Report on the cholera epidemic of
Year: 1868
Disease focus: Cholera
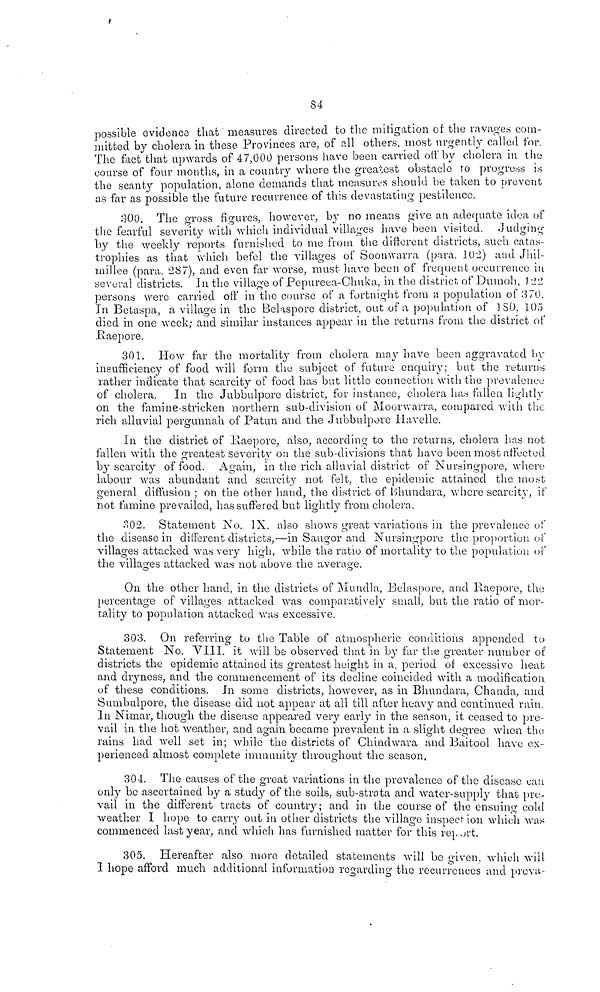
84
possible evidence that measures directed to the mitigation of the ravages com-
mitted by cholera in these Provinces are, of all others, most urgently called for.
The fact that upwards of 47,000 persons have been carried off by cholera in the
course of four months, in a country where the greatest obstacle to progress is
the scanty population, alone demands that measures should be taken to prevent
as far as possible the future recurrence of this devastating pestilence.
300. The gross figures, however, by no means give an adequate idea of
the fearful severity with which individual villages have been visited. Judging
by the weekly reports furnished to me from the different districts, such catas-
trophies as that which befel the villages of Soonwarra (para. 102) and Jhil-
millee (para. 287), and even far worse, must have been of frequent occurrence in
several districts. In the village of Pepureea-Chuka, in the district of Dumoh, 122
persons were carried off in the course of a fortnight from a population of 370.
In Betaspa, a village in the Bekspore district, out of a population of 180, 105
died in one week; and similar instances appear in the returns from the district of
Raepore.
301. How far the mortality from cholera may have been aggravated by
insufficiency of food will form the subject of future enquiry; but the returns
rather indicate that scarcity of food has but little connection with the prevalence
of cholera. In the Jubbulpore district, for instance, cholera has fallen lightly
on the famine-stricken northern sub-division of Moorwarra, compared with the
rich alluvial pergunnah of Patun and the Jubbulpore Havelle.
In the district of Raepore, also, according to the returns, cholera has not
fallen with the greatest severity on the sub-divisions that have been most affected
by scarcity of food. Again, in the rich alluvial district of Nursing-pore, where
labour was abundant and scarcity not felt, the epidemic attained the most
general diffusion ; on the other hand, the district of Bhundara, where scarcity, if
not famine prevailed, has suffered but lightly from cholera.
302. Statement No. IX. also shows great variations in the prevalence of
the disease in different districts,—in Saugor and Nursingpore the proportion of
villages attacked was very high, while the ratio of mortality to the population of
the villages attacked was not above the average.
On the other hand, in the districts of Mundla, Belaspore, and Raepore, the
percentage of villages attacked was comparatively small, but the ratio of mor-
tality to population attacked was excessive.
303. On referring to the Table of atmospheric conditions appended to
Statement No. VIII. it will be observed that in by far the greater number of
districts the epidemic attained its greatest height in a. period of excessive heat
and dryness, and the commencement of its decline coincided with a modification
of these conditions. In some districts, however, as in Bhundara, Chanda, and
Sumbulpore, the disease did not appear at all till after heavy and continued rain.
In Nimar, though the disease appeared very early in the season, it ceased to pre-
vail in the hot weather, and again became prevalent in a slight degree when the
rains had well set in; while the districts of Chindwara and Baitool have ex-
perienced almost complete immunity throughout the season.
304. The causes of the great variations in the prevalence of the disease can
only be ascertained by a study of the soils, sub-strata and water-supply that pre-
vail in the different tracts of country; and in the course of the ensuing cold
weather I hope to carry out in other districts the village inspection which was
commenced last year, and which has furnished matter for this report.
305. Hereafter also more detailed statements will bo given, which will
I hope afford much additional information regarding the recurrences and prévu-